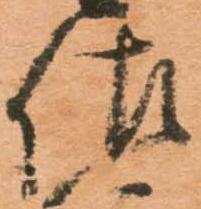
佐